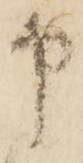
申